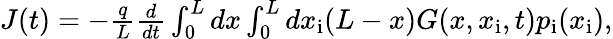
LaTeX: \begin{array}{r}{J(t)=-\frac{q}{L}\frac{d}{dt}\int_{0}^{L}dx\int_{0}^{L}dx_{\mathrm{i}}(L-x)G(x,x_{\mathrm{i}},t)p_{\mathrm{i}}(x_{\mathrm{i}}),}\end{array}